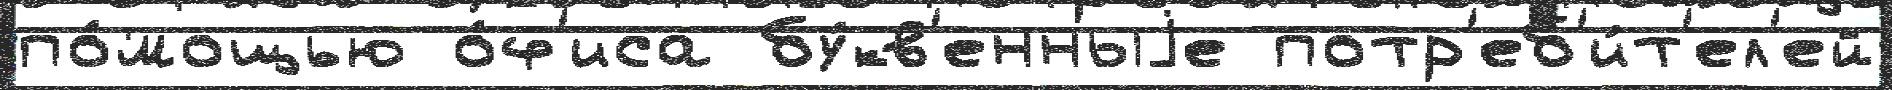
по́мощью о́ф'иса бу́кв'енныjе потр'еб'и́т'ел'ей